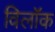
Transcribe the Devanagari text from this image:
विलॉक